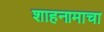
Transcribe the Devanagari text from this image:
शाहनामाचा